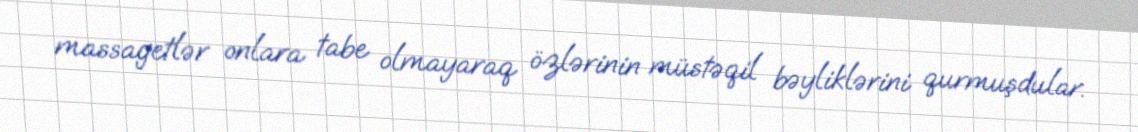
massagetlər onlara tabe olmayaraq özlərinin müstəqil bəyliklərini qurmuşdular.